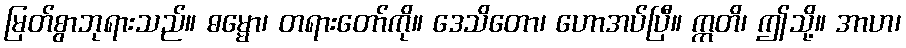
မြတ်စွာဘုရားသည်။ ဓမ္မော၊ တရားတော်ကို။ ဒေသိတော၊ ဟောအပ်ပြီ။ ဣတိ၊ ဤသို့။ အာဟ၊